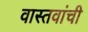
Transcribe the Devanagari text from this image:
वास्तवांची